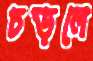
চড়লে